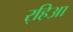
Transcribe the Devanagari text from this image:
र्‍हिआ